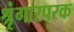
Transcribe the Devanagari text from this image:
श्रृंगारपरक